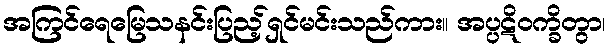
အကြင်ရေမြေသနင်းပြည့်ရှင်မင်းသည်ကား။ အပ္ပဋိဝက္ခိတွာ၊